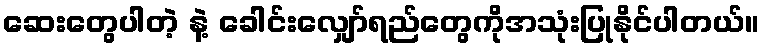
ဆေးတွေပါတဲ့ နဲ့ ခေါင်းလျှော်ရည်တွေကိုအသုံးပြုနိုင်ပါတယ်။